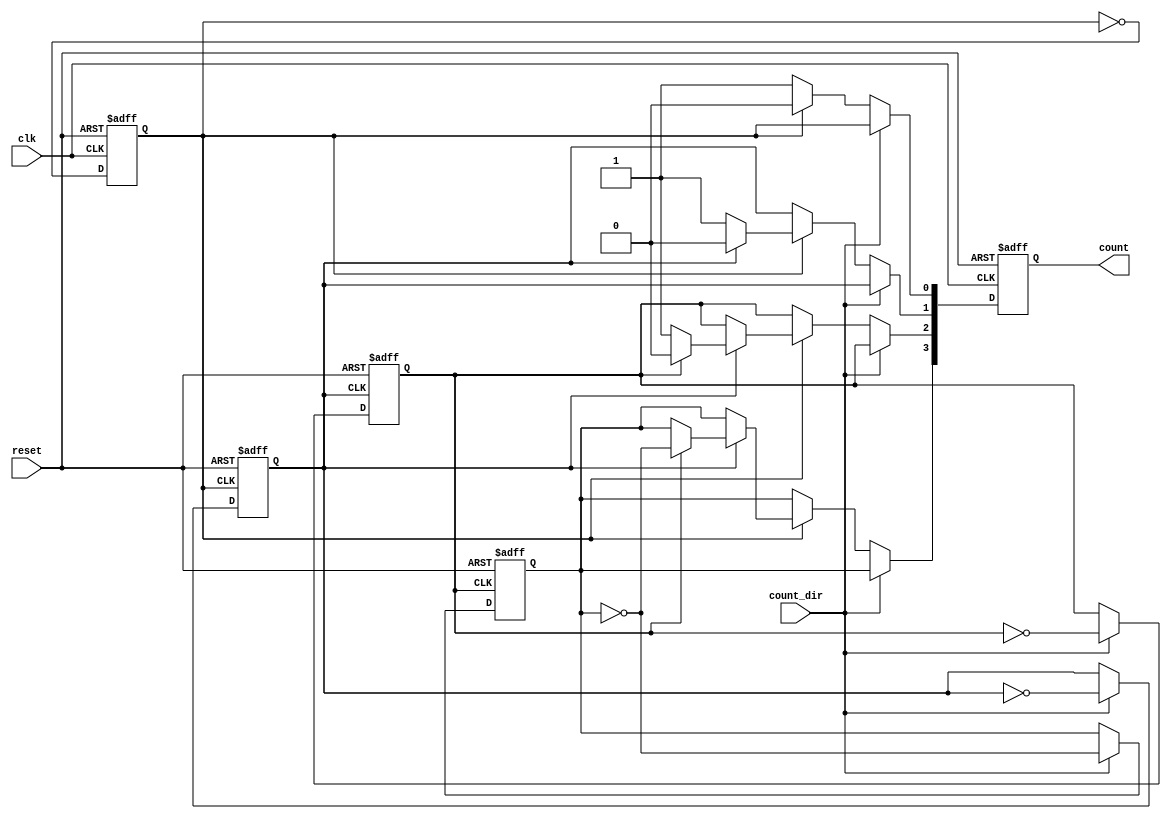
module async_counter (
    input wire clk,          // Clock input
    input wire reset,        // Asynchronous reset input
    input wire count_dir,    // Count direction: 1 for up, 0 for down
    output reg [3:0] count   // 4-bit counter output
);

    // Flip-flop for the least significant bit (LSB)
    always @(posedge clk or posedge reset) begin
        if (reset) begin
            count[0] <= 1'b0; // Reset LSB to 0
        end else begin
            count[0] <= ~count[0]; // Toggle LSB
        end
    end

    // Flip-flop for the second bit
    always @(negedge count[0] or posedge reset) begin
        if (reset) begin
            count[1] <= 1'b0; // Reset second bit to 0
        end else if (count_dir) begin
            count[1] <= ~count[1]; // Toggle second bit on LSB falling edge for counting up
        end
    end

    // Flip-flop for the third bit
    always @(negedge count[1] or posedge reset) begin
        if (reset) begin
            count[2] <= 1'b0; // Reset third bit to 0
        end else if (count_dir) begin
            count[2] <= ~count[2]; // Toggle third bit on second bit falling edge for counting up
        end
    end

    // Flip-flop for the most significant bit (MSB)
    always @(negedge count[2] or posedge reset) begin
        if (reset) begin
            count[3] <= 1'b0; // Reset MSB to 0
        end else if (count_dir) begin
            count[3] <= ~count[3]; // Toggle MSB on third bit falling edge for counting up
        end
    end

    // Down counting logic
    always @(posedge clk or posedge reset) begin
        if (reset) begin
            count <= 4'b0000; // Reset counter to 0
        end else if (!count_dir) begin
            // Down counting logic
            if (count[0] == 1'b0) begin
                count[0] <= 1'b1; // Toggle LSB
            end else begin
                count[0] <= 1'b0; // Reset LSB
                if (count[1] == 1'b0) begin
                    count[1] <= 1'b1; // Toggle second bit
                end else begin
                    count[1] <= 1'b0; // Reset second bit
                    if (count[2] == 1'b0) begin
                        count[2] <= 1'b1; // Toggle third bit
                    end else begin
                        count[2] <= 1'b0; // Reset third bit
                        count[3] <= ~count[3]; // Toggle MSB
                    end
                end
            end
        end
    end

endmodule